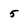
Character: 5